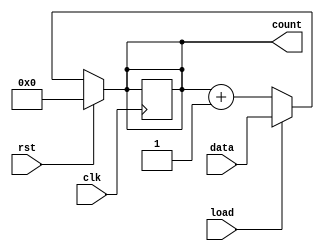
module AsynchronousLoadCounter (
    input wire clk,             // Clock input
    input wire rst,             // Asynchronous reset
    input wire load,            // Asynchronous load signal
    input wire [3:0] data,      // 4-bit preset value
    output reg [3:0] count      // 4-bit counter output
);

    // Always block to handle asynchronous behavior
    always @(*) begin
        if (rst) begin
            // Asynchronous reset
            count = 4'b0000;    // Set count to zero
        end else if (load) begin
            // Asynchronous load
            count = data;       // Load preset value
        end else begin
            // Counting operation
            count = count + 1;  // Increment the count
        end
    end

    // Synchronous process to update the count on clock edge
    always @(posedge clk) begin
        // When reset or load is not active, update the count
        if (!rst && !load) begin
            count <= count;      // Maintain current count, this is just for simulation purposes
        end
    end

endmodule